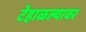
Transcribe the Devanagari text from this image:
टेहाळल्यावर